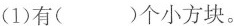
(1)有()个小方块。